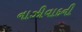
નાઝીવાદની